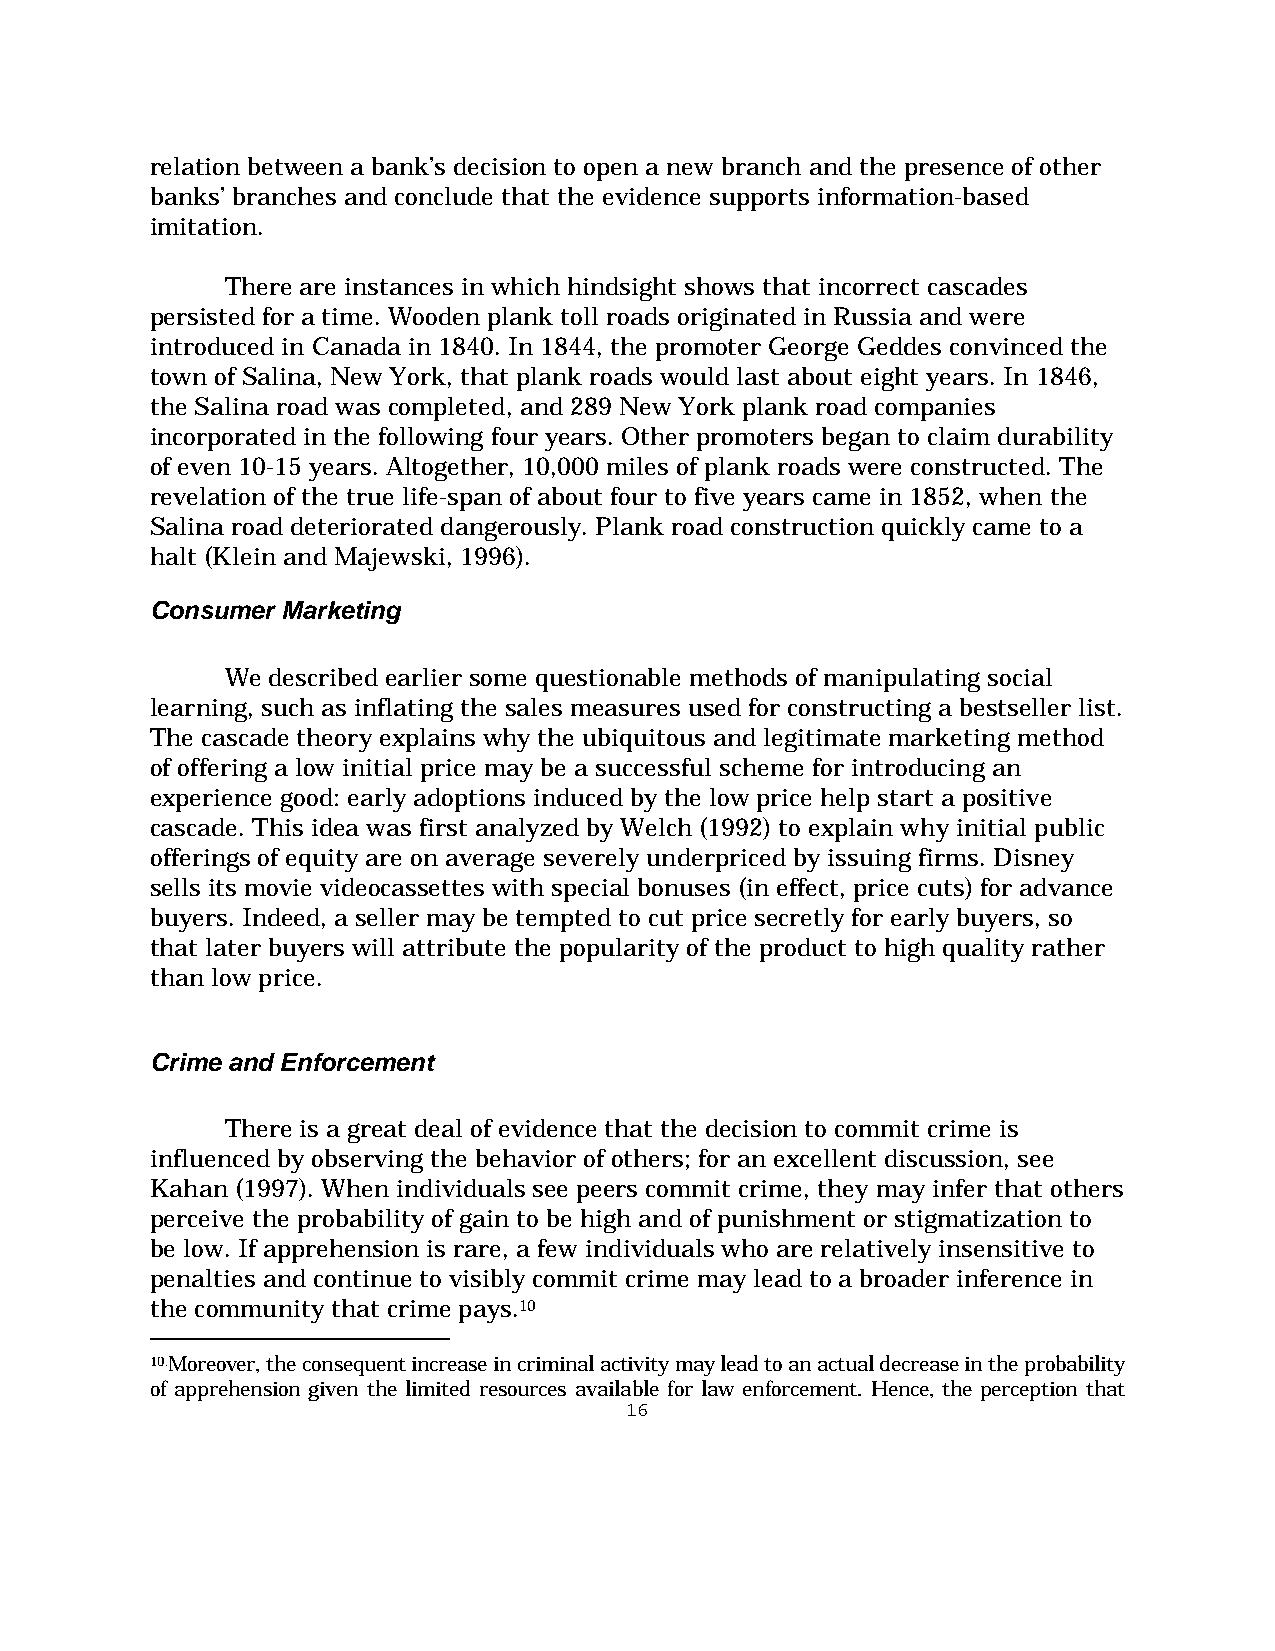
relation between a bank’s decision to open a new branch and the presence of other
 banks’ branches and conclude that the evidence supports information-based
 imitation.
 There are instances in which hindsight shows that incorrect cascades
 persisted for a time. Wooden plank toll roads originated in Russia and were
 introduced in Canada in 1840. In 1844, the promoter George Geddes convinced the
 town of Salina, New York, that plank roads would last about eight years. In 1846,
 the Salina road was completed, and 289 New York plank road companies
 incorporated in the following four years. Other promoters began to claim durability
 of even 10-15 years. Altogether, 10,000 miles of plank roads were constructed. The
 revelation of the true life-span of about four to five years came in 1852, when the
 Salina road deteriorated dangerously. Plank road construction quickly came to a
 halt (Klein and Majewski, 1996).
 Consumer Marketing
 We described earlier some questionable methods of manipulating social
 learning, such as inflating the sales measures used for constructing a bestseller list.
 The cascade theory explains why the ubiquitous and legitimate marketing method
 of offering a low initial price may be a successful scheme for introducing an
 experience good: early adoptions induced by the low price help start a positive
 cascade. This idea was first analyzed by Welch (1992) to explain why initial public
 offerings of equity are on average severely underpriced by issuing firms. Disney
 sells its movie videocassettes with special bonuses (in effect, price cuts) for advance
 buyers. Indeed, a seller may be tempted to cut price secretly for early buyers, so
 that later buyers will attribute the popularity of the product to high quality rather
 than low price.
 Crime and Enforcement
 There is a great deal of evidence that the decision to commit crime is
 influenced by observing the behavior of others; for an excellent discussion, see
 Kahan (1997). When individuals see peers commit crime, they may infer that others
 perceive the probability of gain to be high and of punishment or stigmatization to
 be low. If apprehension is rare, a few individuals who are relatively insensitive to
 penalties and continue to visibly commit crime may lead to a broader inference in
 the community that crime pays.10
 10.Moreover, the consequent increase in criminal activity may lead to an actual decrease in the probability
 of apprehension given the limited resources available for law enforcement. Hence, the perception that
 16